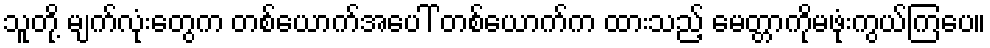
သူတို့ မျက်လုံးတွေက တစ်ယောက်အပေါ် တစ်ယောက်က ထားသည့် မေတ္တာကိုမဖုံးကွယ်ကြပေ။